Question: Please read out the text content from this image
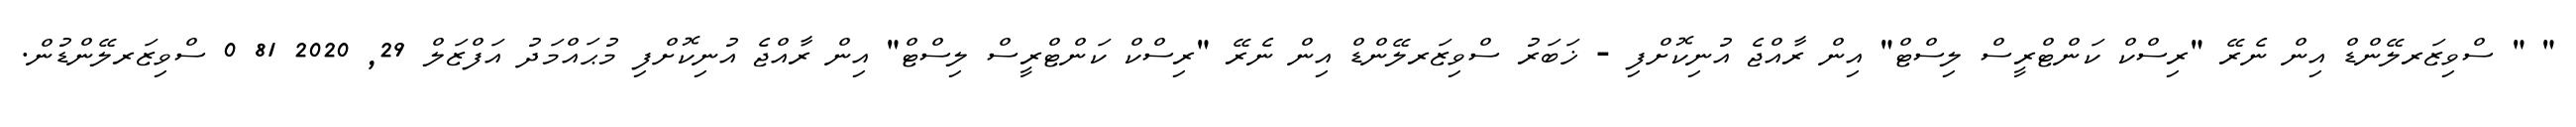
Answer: " " ސްވިޒަރލޭންޑް އިން ނެރޭ "ރިސްކް ކަންޓްރީސް ލިސްޓް" އިން ރާއްޖެ އުނިކޮށްފި - ޚަބަރު ސްވިޒަރލޭންޑް އިން ނެރޭ "ރިސްކް ކަންޓްރީސް ލިސްޓް" އިން ރާއްޖެ އުނިކޮށްފި މުޙައްމަދު އަފްޒަލް 29, 2020 81 0 ސްވިޒަރލޭންޑުން.